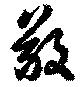
敬